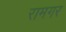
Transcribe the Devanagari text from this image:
रामगर